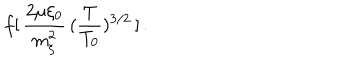
LaTeX: \: f [ \, \frac { 2 \mu \xi _ { 0 } } { m _ { \xi } ^ { 2 } } \, ( \frac { T } { T _ { 0 } } ) ^ { 3 / 2 } \, ] \, . \: